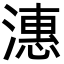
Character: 潓